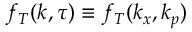
f _ { T } ( k , \tau ) \equiv f _ { T } ( k _ { x } , k _ { p } )